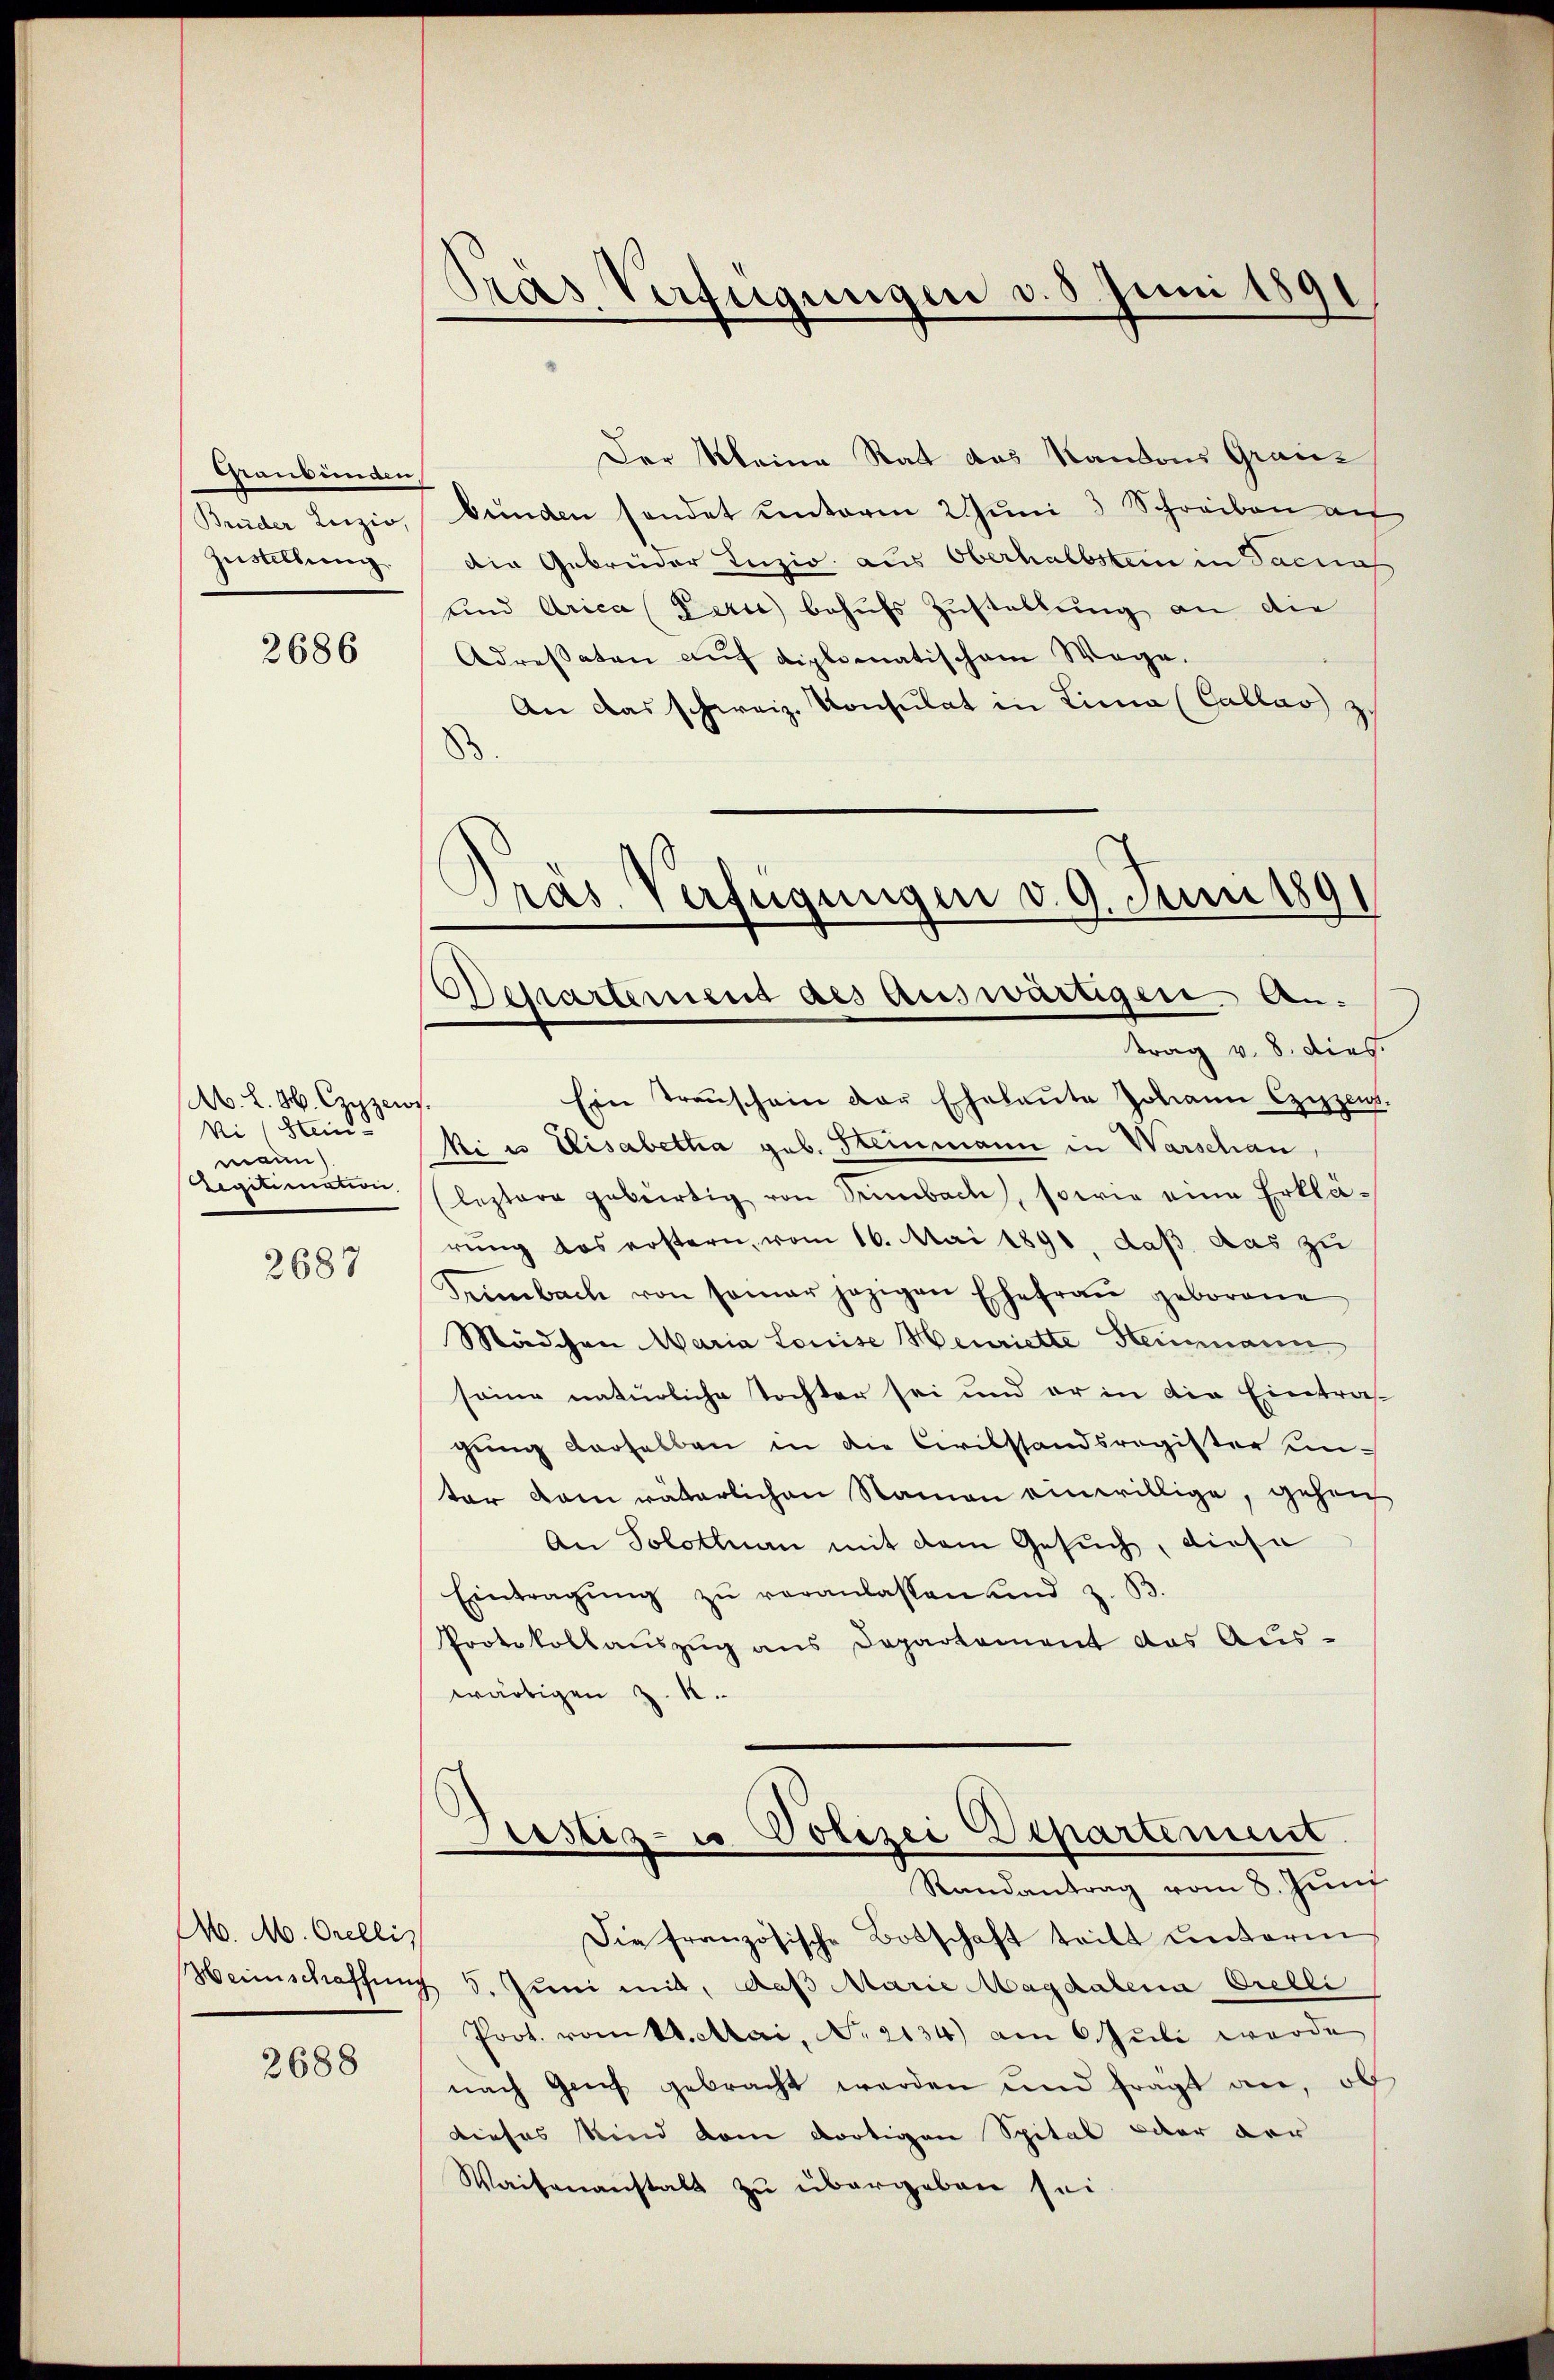
sanbunden
Zustellung.

2686

M. L. 56. Czyzews.
Ni (Stein
mann.
Legitimation

2687

A. M. Orelli

2688

Präs. Verfügungen d. 5. Juni 1891

Der Meine Rat das Kantons Grauz
Bruder Lenzio, Bunden sendet unterm 2 Juni 3 Schreiben au
die Gebrüder Inzio aus Oberhalbstein in Dacnaß
und Arica Ferie behufs Zustellung an die
Adressaten auf diplomatischem Wege.
An das schweiz. Konsulat in Lina (Gallas zu

Pras Verfügungen d. 9. Juni 189
Bepartement als auswärtigen. An
trag v. 8. dies

Ein Transchein der Ehelaŭte Johann Czyzenz.
ki u Pisabetha geb. Steinmann in Warschan
leztere gebürtig von Seimbach, sowie eine Erklä-
rung das erstern, vom 16. Mai 1891, daß das zu
Trimbach von seiner jezigen Ehefrau geborene
Mädchen Maria Louise Henriette Steinmann
seine natürliche Tochter sei und er in die Eintra-
gŭng derselben in die Civilstandsregister unter dem väterlichen Namen einwillige, gehen
An Solothurn mit dem Gesuch, diese
Eintragŭng zŭ veranlassen und z. B.
Protokollaŭszŭg ans Departement das Aŭs-
wärtigen z. B.

¬
Justiz- u Polizei Departement.
Randantrag vom 8. Juni

Die französische Botschaft teilt unterm
Heimschaffŭng d. Juni mit, daß Marie Magdalena Orelli
Prot. vom 14. Mai, No 2134) am 6. Juli wurde
nach Genf gebracht werden und fragt an, ob
dieses Kind dem dortigen Spital oder der
Waisenanstalt zu übergeben sei